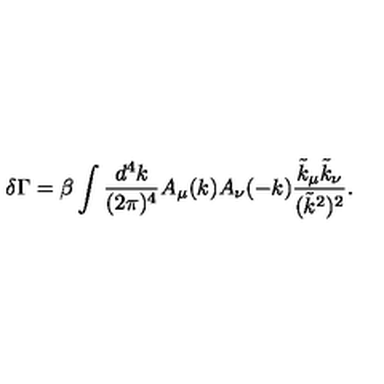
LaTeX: \delta \Gamma = \beta \int \frac { d ^ { 4 } k } { ( 2 \pi ) ^ { 4 } } A _ { \mu } ( k ) A _ { \nu } ( - k ) \frac { \tilde { k } _ { \mu } \tilde { k } _ { \nu } } { ( \tilde { k } ^ { 2 } ) ^ { 2 } } .